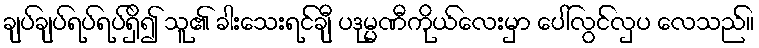
ချပ်ချပ်ရပ်ရပ်ရှိ၍ သူ၏ ခါးသေးရင်ချီ ပဒုမ္မဏီကိုယ်လေးမှာ ပေါ်လွင်လှပ လေသည်။